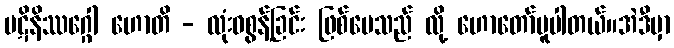
ပဋိနိဿဂ္ဂေါ ဟောတိ - လုံးဝစွန့်ခြင်း ဖြစ်ပေသည် လို့ ဟောတော်မူပါတယ်။အဲဒီမှာ